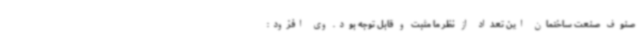
صنوف صنعت ساختمان این تعداد از نظر ما مثبت و قابل توجه بود. وی افزود: